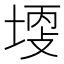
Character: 𡎩